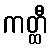
ကတ္ထီ